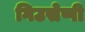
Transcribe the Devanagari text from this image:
गिउसेप्पी